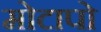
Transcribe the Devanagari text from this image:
मोटापो